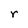
Character: r